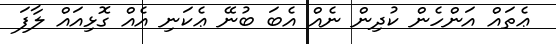
ޢެތައް އަންހެން ކުދިން ނެއް އެބަ ބުނޭ ޢެކަނި އެއް ގޮޅިއައް ލާފަ